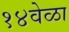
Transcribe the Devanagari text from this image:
१४वेळा